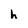
Character: h